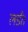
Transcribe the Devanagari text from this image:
लडी।